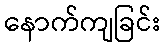
နောက်ကျခြင်း